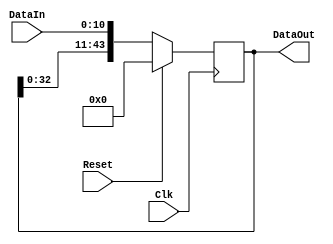
`timescale 1ns / 1ps
//////////////////////////////////////////////////////////////////////////////////
// Company: 
// Engineer: 
// 
// Create Date: 
// Design Name: 
// Module Name: 
// Project Name: 
// Target Devices: 
// Tool Versions: 
// Description: 
// 
// Dependencies: 
// 
// Revision:
// Revision 0.01 - File Created
// Additional Comments:
// 
//////////////////////////////////////////////////////////////////////////////////

module shiftRegister # (parameter SAMPLES=128, parameter OSF=8, parameter n=4) (Clk,Reset,DataIn,DataOut);
input wire Clk;
input wire Reset;
input wire [$clog2(SAMPLES*OSF):0] DataIn;
output wire[$clog2(SAMPLES*OSF)*n+(n-1):0]DataOut;

reg [$clog2(SAMPLES*OSF)*n+(n-1):0] byteShiftReg;
//shift register
always @(posedge Clk)
begin 

	if (Reset)
		begin
		byteShiftReg <= 0;
 
		end
	else 
		begin//                             valor final del registro -  tama;o de cada palabra
 		byteShiftReg <= {byteShiftReg[$clog2(SAMPLES*OSF)*n+(n-1)  -($clog2(SAMPLES*OSF)+1)     :0],DataIn};
		end 
end
assign DataOut = byteShiftReg;

endmodule